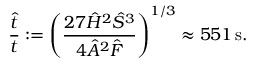
\frac { \hat { t } } { t } : = \left( \frac { 2 7 \hat { H } ^ { 2 } \hat { S } ^ { 3 } } { 4 \hat { A } ^ { 2 } \hat { F } } \right) ^ { 1 / 3 } \approx 5 5 1 \, \mathrm { s } .